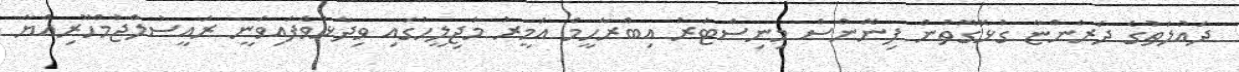
ދައުލަތުގެ ދަރަންޏާ ގުޅޭގޮތުން ފިނޭންސް މިނިސްޓަރު އިބްރާހީމް އަމީރު މަޖިލީހުގައި ވިދާޅުވެފައިވަނީ ރައީސުލްޖުމްހޫރިއްޔާ